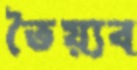
তৈয়্যব